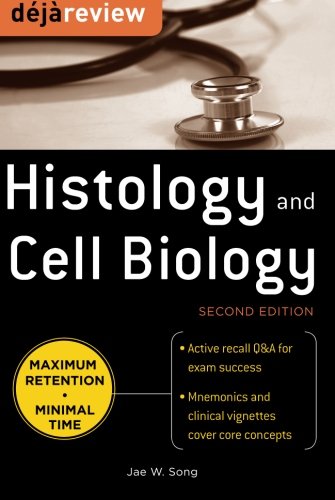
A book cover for Deja Review Histology & Cell Biology, Second Edition; Jae Song; Medical Books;